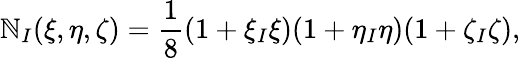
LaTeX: \mathbb{N}_{I}(\xi,\eta,\zeta)=\frac{{1}}{{8}}(1+\xi_{I}\xi)(1+\eta_{I}\eta)(1+\zeta_{I}\zeta),